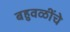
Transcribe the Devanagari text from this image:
बहुवळींचे